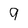
Character: 9